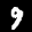
Label: 9